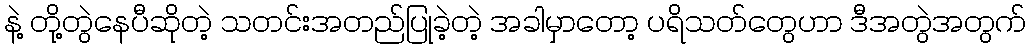
နဲ့ တို့တွဲနေပီဆိုတဲ့ သတင်းအတည်ပြုခဲ့တဲ့ အခါမှာတော့ ပရိသတ်တွေဟာ ဒီအတွဲအတွက်